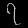
Digit: ၇